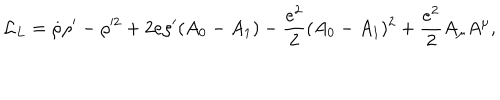
LaTeX: { \cal L } _ { L } = \dot { \rho } \rho ^ { \prime } - \rho ^ { 2 } + 2 e \rho ^ { \prime } ( A _ { 0 } - A _ { 1 } ) - { \frac { e ^ { 2 } } { 2 } } ( A _ { 0 } - A _ { 1 } ) ^ { 2 } + { \frac { e ^ { 2 } } { 2 } } A _ { \mu } A ^ { \mu } ,